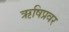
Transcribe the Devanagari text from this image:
ऋषिप्रवर